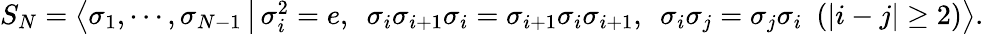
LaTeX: \begin{array}{r}{S_{N}=\left\langle\sigma_{1},\cdots,\sigma_{N-1}\, \middle\vert\, \sigma_{i}^{2}=e,~~\sigma_{i}\sigma_{i+1}\sigma_{i}=\sigma_{i+1}\sigma_{i}\sigma_{i+1},~~\sigma_{i}\sigma_{j}=\sigma_{j}\sigma_{i}~~(|i-j|\geq 2)\right\rangle.}\end{array}